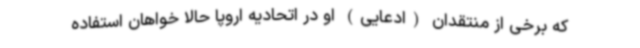
که برخی از منتقدان (ادعایی) او در اتحادیه اروپا حالا خواهان استفاده